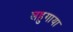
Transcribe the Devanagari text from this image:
लहुगाया